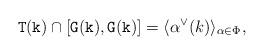
LaTeX: \begin{align*}\mathtt{T}(\mathtt{k})\cap [\mathtt{G}(\mathtt{k}), \mathtt{G}(\mathtt{k})]=\langle \alpha^\vee(k) \rangle_{\alpha \in \Phi},\end{align*}